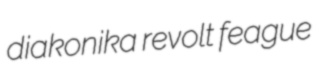
diakonika revolt feague